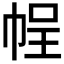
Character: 𭘡